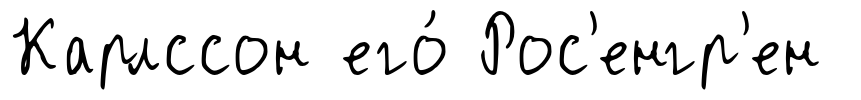
Карлссон его́ Рос'енгр'ен